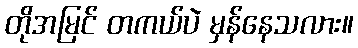
တိုအမြင် တကယ်ပဲ မှန်နေသလား။